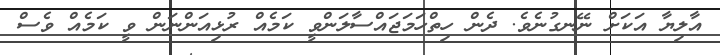
އާލިޔާ އަކަށް ނޭނގުނެވެ. ދެން ހިތްހަމަޖައްސާލަންވީ ކަމެއް ރުޅިއަންނަން ވީ ކަމެއް ވެސް